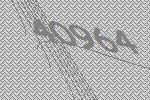
40964